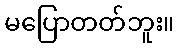
မပြောတတ်ဘူး။